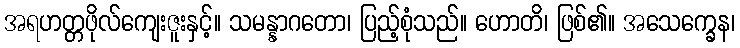
အရဟတ္တဖိုလ်ကျေးဇူးနှင့်။ သမန္နာဂတော၊ ပြည့်စုံသည်။ ဟောတိ၊ ဖြစ်၏။ အသေက္ခေန၊